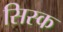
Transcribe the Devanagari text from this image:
सिस्क